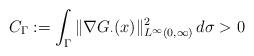
LaTeX: \begin{align*}C_\Gamma:= \int_\Gamma\|\nabla G_\cdot(x)\|^2_{L^\infty(0,\infty)}\,d\sigma>0\end{align*}